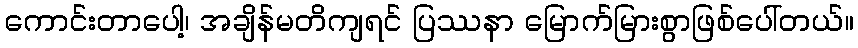
ကောင်းတာပေါ့၊ အချိန်မတိကျရင် ပြဿနာ မြောက်မြားစွာဖြစ်ပေါ်တယ်။